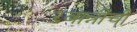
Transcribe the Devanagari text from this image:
रबान्नींची